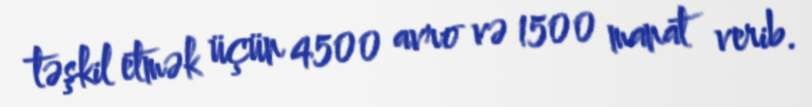
təşkil etmək üçün 4500 avro və 1500 manat verib.